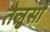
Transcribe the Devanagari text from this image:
तेलुसा